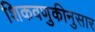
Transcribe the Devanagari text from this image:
शिकवणुकीनुसार